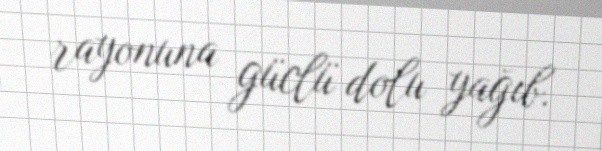
rayonuna güclü dolu yağıb.